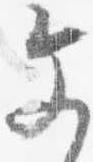
文